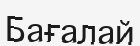
Бағалай